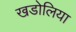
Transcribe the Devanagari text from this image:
खडोलिया